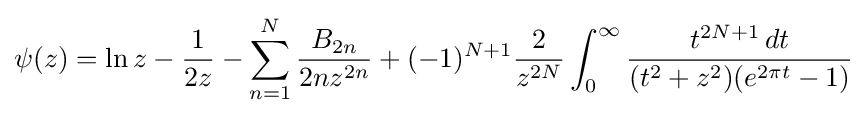
\psi (z)=\ln z-{\frac {1}{2z}}-\sum _{n=1}^{N}{\frac {B_{2n}}{2nz^{2n}}}+(-1)^{N+1}{\frac {2}{z^{2N}}}\int _{0}^{\infty }{\frac {t^{2N+1}\,dt}{(t^{2}+z^{2})(e^{2\pi t}-1)}}